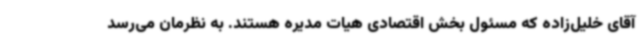
آقای خلیل‌زاده که مسئول بخش اقتصادی هیات مدیره هستند. به نظرمان می‌رسد